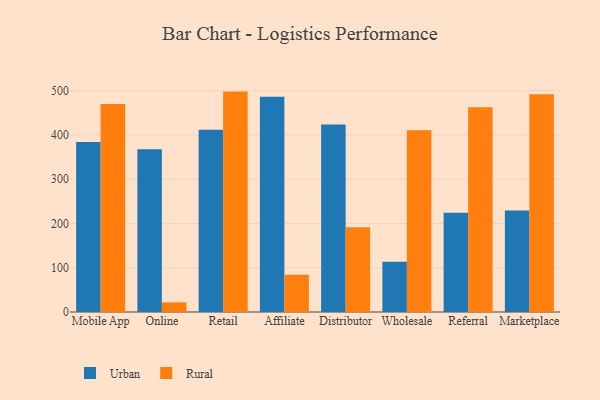
{"axis": {"x": "Channel", "y": "Gross Profit (USD K)"}, "legend": ["Rural", "Urban"], "data": [{"x": "Mobile App", "y": 384.0, "type": "Urban"}, {"x": "Mobile App", "y": 470.2, "type": "Rural"}, {"x": "Online", "y": 367.8, "type": "Urban"}, {"x": "Online", "y": 21.8, "type": "Rural"}, {"x": "Retail", "y": 411.7, "type": "Urban"}, {"x": "Retail", "y": 498.1, "type": "Rural"}, {"x": "Affiliate", "y": 486.4, "type": "Urban"}, {"x": "Affiliate", "y": 84.2, "type": "Rural"}, {"x": "Distributor", "y": 423.6, "type": "Urban"}, {"x": "Distributor", "y": 191.4, "type": "Rural"}, {"x": "Wholesale", "y": 113.3, "type": "Urban"}, {"x": "Wholesale", "y": 410.6, "type": "Rural"}, {"x": "Referral", "y": 224.4, "type": "Urban"}, {"x": "Referral", "y": 462.9, "type": "Rural"}, {"x": "Marketplace", "y": 229.3, "type": "Urban"}, {"x": "Marketplace", "y": 492.3, "type": "Rural"}]}